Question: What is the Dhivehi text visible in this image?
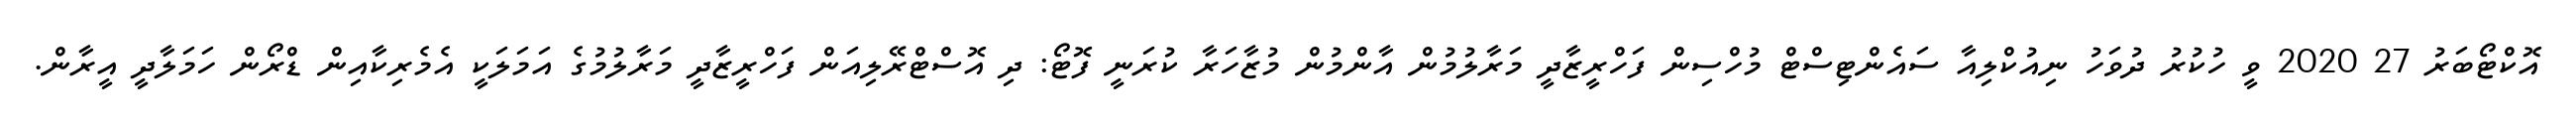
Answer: އޮކްޓޯބަރު 27 2020 ވީ ހުކުރު ދުވަހު ނިއުކްލިއާ ސައެންޓިސްޓް މުހްސިން ފަހްރީޒާދީ މަރާލުމުން އާންމުން މުޒާހަރާ ކުރަނީ ފޮޓޯ: ދި އޮސްޓްރޭލިއަން ފަހްރީޒާދީ މަރާލުމުގެ އަމަލަކީ އެމެރިކާއިން ޑްރޯން ހަމަލާދީ އީރާން.